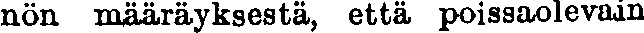
nön määräyksestä, että poissaolevain